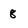
Character: 8